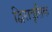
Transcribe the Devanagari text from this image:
द्विरावृत्तिक